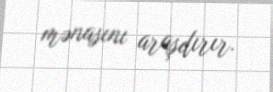
mənasını araşdırır.